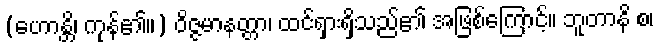
(ဟောန္တိ၊ ကုန်၏။) ဝိဇ္ဇမာနတ္တာ၊ ထင်ရှားရှိသည်၏ အဖြစ်ကြောင့်။ ဘူတာနိ စ၊